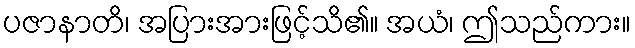
ပဇာနာတိ၊ အပြားအားဖြင့်သိ၏။ အယံ၊ ဤသည်ကား။